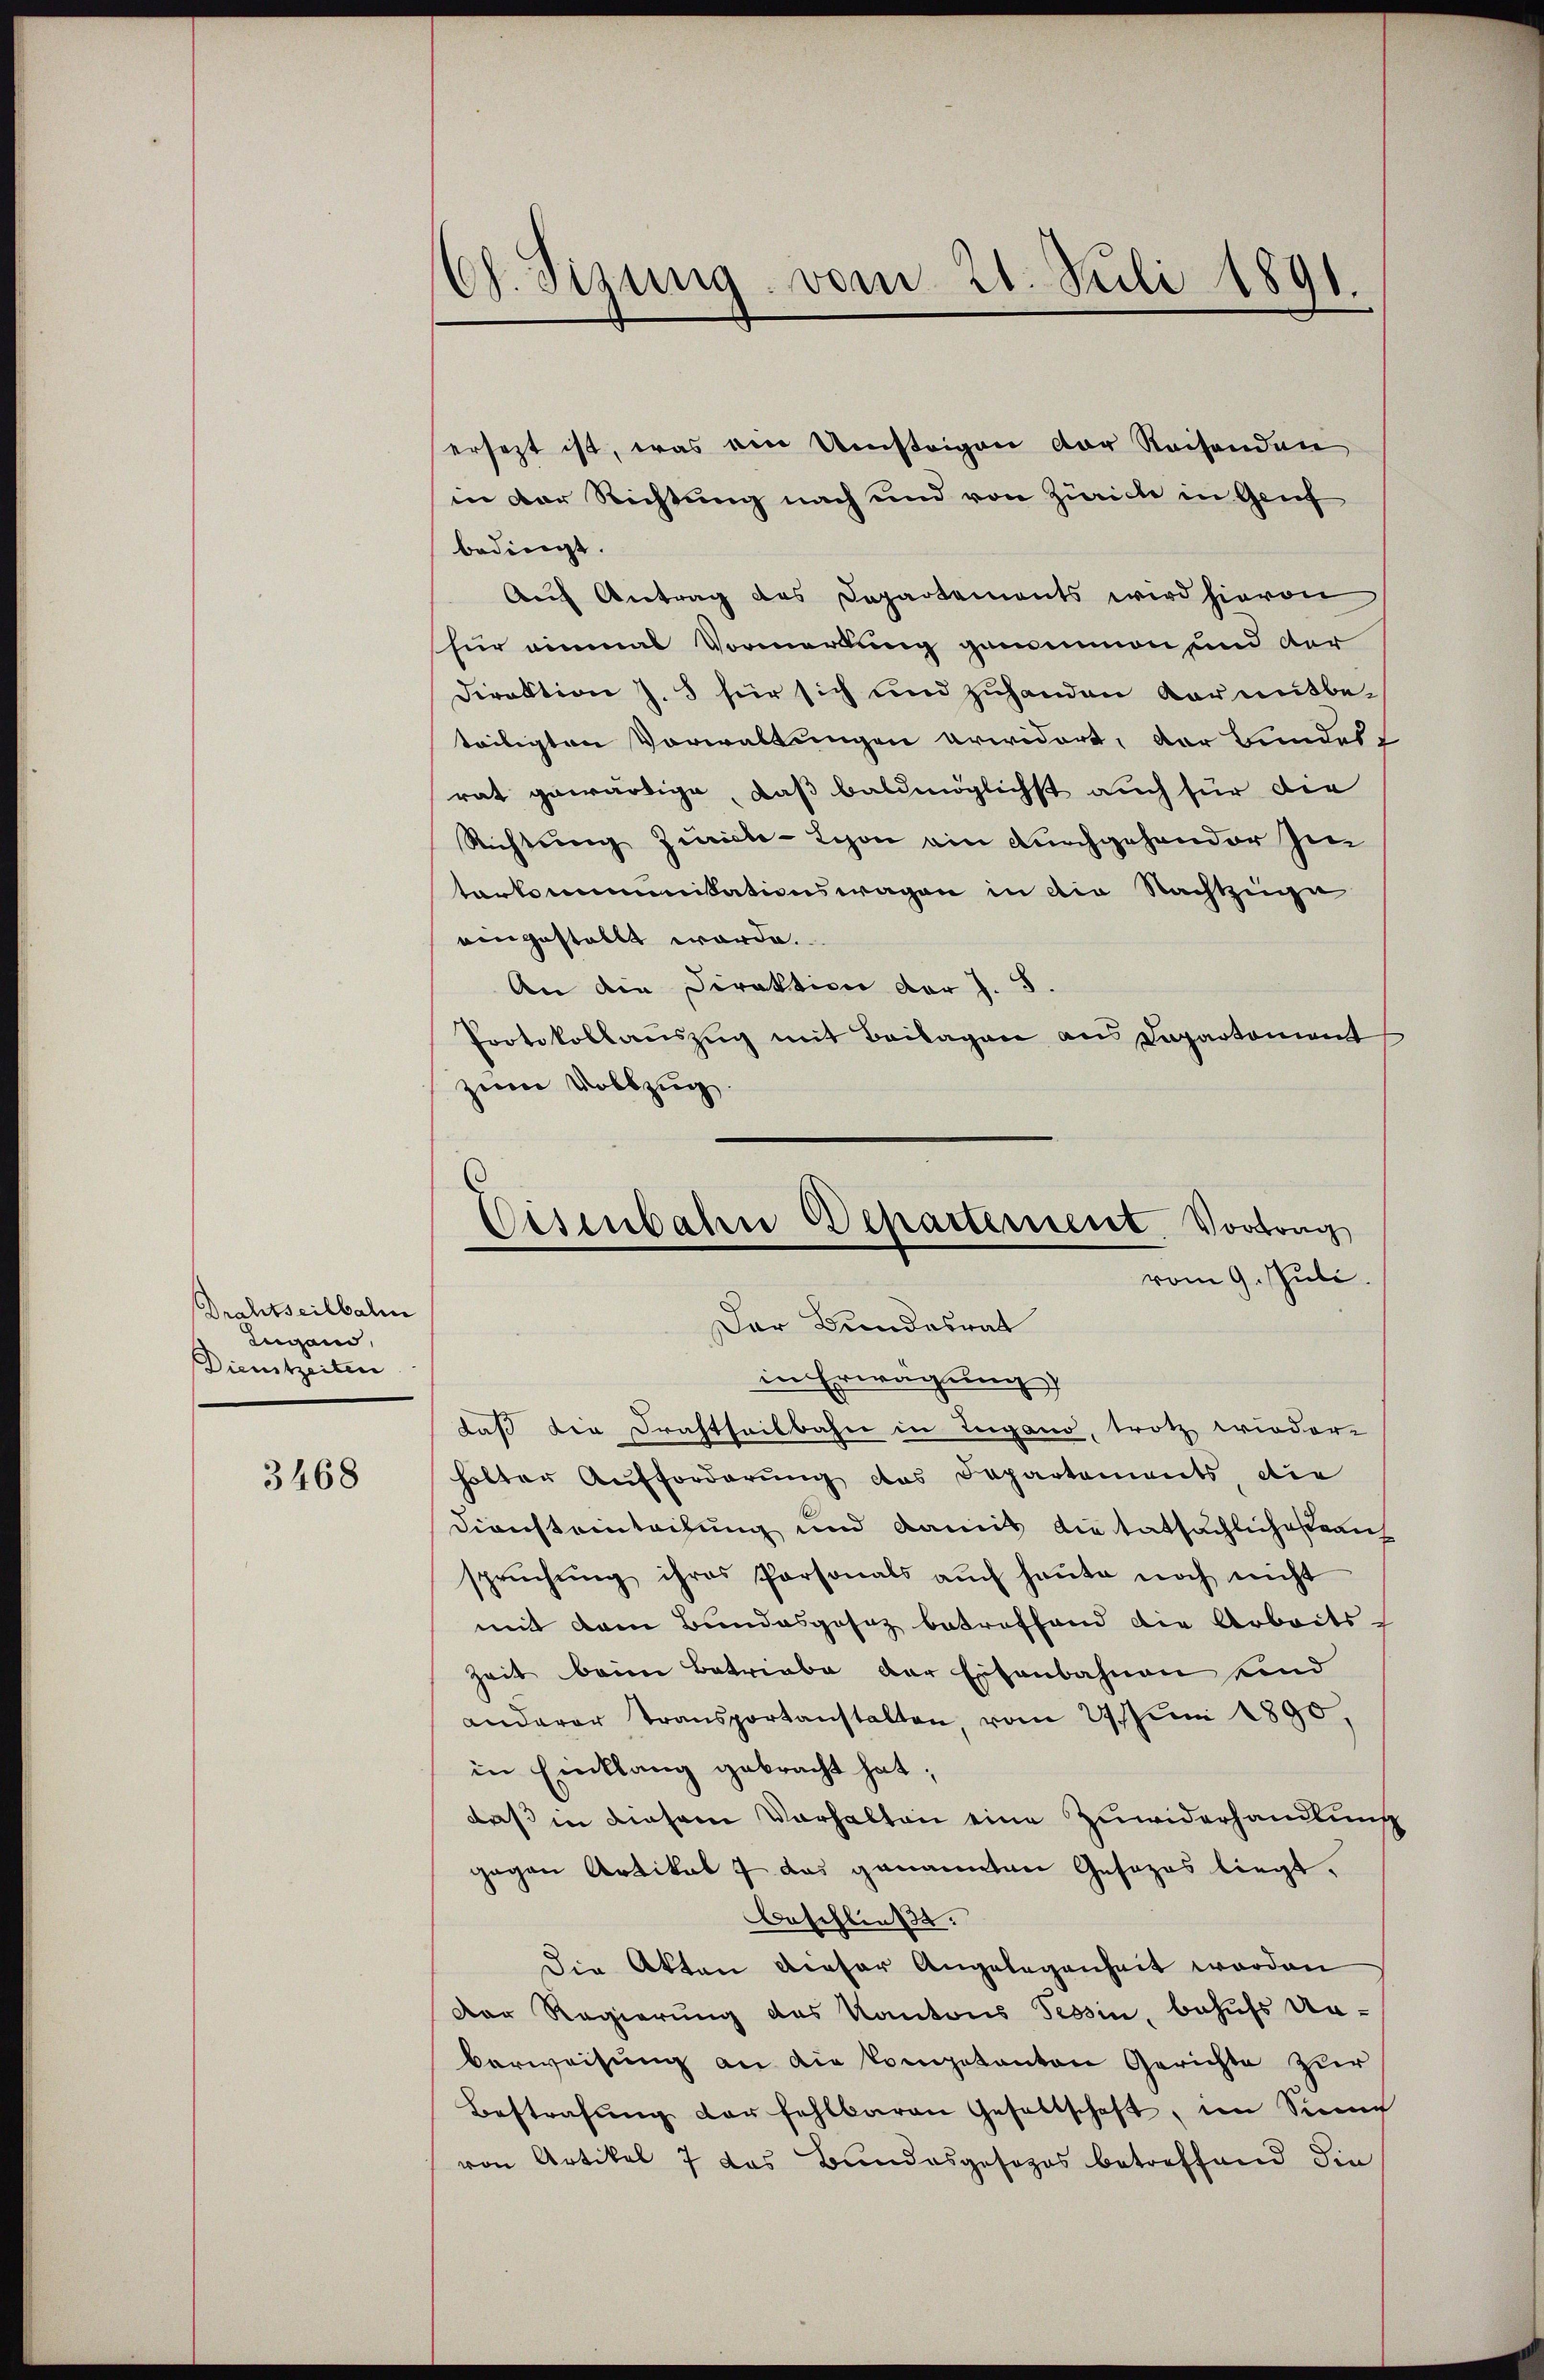
Drahtseilbalm
Lugano,
Dienstzeiten

3468

Ch. Sisung vom 21. Juli 1891.

ersezt ist, was von Umsteigen der Rechenden
in der Richtung nach und von Zürich in Genf
bedingt.
Auf Antrag des Departements wird hievon
für einmal Vormerkung genommen und der
Direktion J. 8 für sich und zuhanden vor mitbe-
teiligten Vorwaltungen erwidert, der Bundes
rat gewärtige, daß baldmöglichst auch für die
Richtung Zürich-Lehon ein durchgehander Im
torkommunikationswagen in die Nachtzinge
eingestellt worde.
An die Direktion der J. 5.
Protokollauszug mit Beilagen aus Dapartement
zum Vollzug.
in Erwägung
daß die Drahtheilbahn in Lugano, trotz wieder-
holter Aufforderung des Departements, die
Diensteinleihung und damit die tatsächlichesternh
sprŭchŭng ihres Personals aŭch heŭte noch nicht
mit dem Bundesgesez betreffend die Arbeits-
Zeit beim Betriebe der Eisenbahnen und
anderer Transportanstalten, vom 27. Juni 1890,
in Einklang gebracht hat;
daß in diesem Vorhalten eine Zuwiderhandlung
gegen Artikal 7 das genannten Gesezes liegt.
Beschließt:
Die Akten dieser Angelegenheit worden
Der Regierung des Kantons Tessin, behufs Un-
berweisung an die kompetanton Gerichte zur
Bestrafŭng der fehlbaren Gesellschaft, im Sinne
von Artikel 7 das Bundesgesezes betreffend die

Eisenbahne Departement, Vortrag
vom 9. Juli.
Der Bundesrat